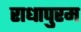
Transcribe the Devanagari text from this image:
राधापुरम